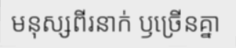
មនុស្សពីរនាក់ ឫច្រើនគ្នា